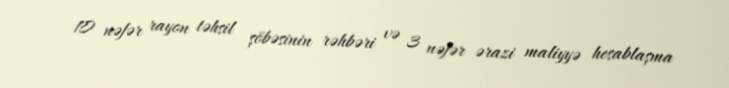
10 nəfər rayon təhsil şöbəsinin rəhbəri və 3 nəfər ərazi maliyyə hesablaşma